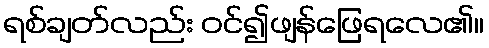
ရစ်ချတ်လည်း ဝင်၍ဖျန်ဖြေရလေ၏။